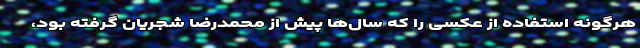
هرگونه استفاده از عکسی را که سال‌ها پیش از محمدرضا شجریان گرفته بود،